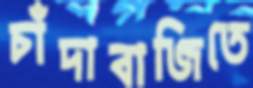
চাঁদাবাজিতে